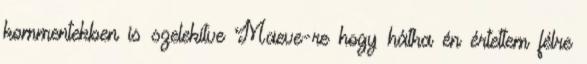
kommentekben is szelekítve Maeve-re hogy hátha én értettem félre